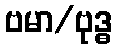
ဗမာ/ဗုဒ္ဓ